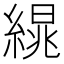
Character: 𦃻